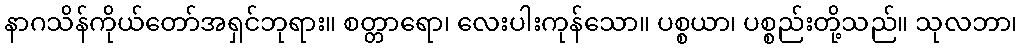
နာဂသိန်ကိုယ်တော်အရှင်ဘုရား။ စတ္တာရော၊ လေးပါးကုန်သော။ ပစ္စယာ၊ ပစ္စည်းတို့သည်။ သုလဘာ၊